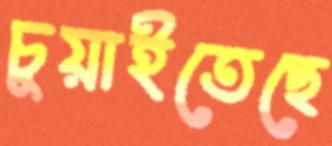
চুয়াইতেছে